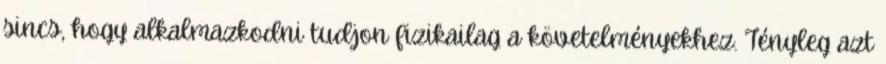
sincs, hogy alkalmazkodni tudjon fizikailag a követelményekhez. Tényleg azt